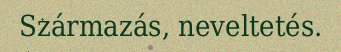
Származás, neveltetés.